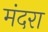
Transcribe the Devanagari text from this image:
मंदरा